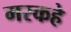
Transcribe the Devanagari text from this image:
मरकहे